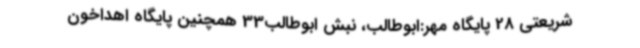
شریعتی 28 پایگاه مهر:ابوطالب، نبش ابوطالب33 همچنین پایگاه اهداخون